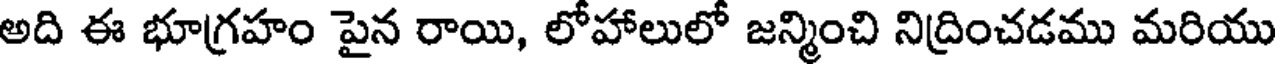
అది ఈ భూగ్రహం పైన రాయి, లోహాలులో జన్మించి నిద్రించడము మరియు